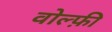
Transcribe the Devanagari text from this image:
वोल्फ़ी